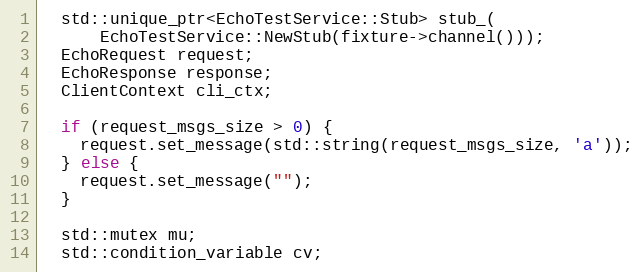
Language: C
  std::unique_ptr<EchoTestService::Stub> stub_(
      EchoTestService::NewStub(fixture->channel()));
  EchoRequest request;
  EchoResponse response;
  ClientContext cli_ctx;

  if (request_msgs_size > 0) {
    request.set_message(std::string(request_msgs_size, 'a'));
  } else {
    request.set_message("");
  }

  std::mutex mu;
  std::condition_variable cv;